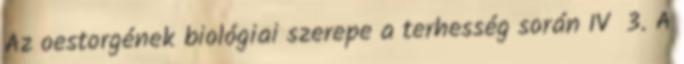
Az oestorgének biológiai szerepe a terhesség során IV 3. A